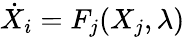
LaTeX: \dot{X}_{i}=F_{j}(X_{j},\lambda)